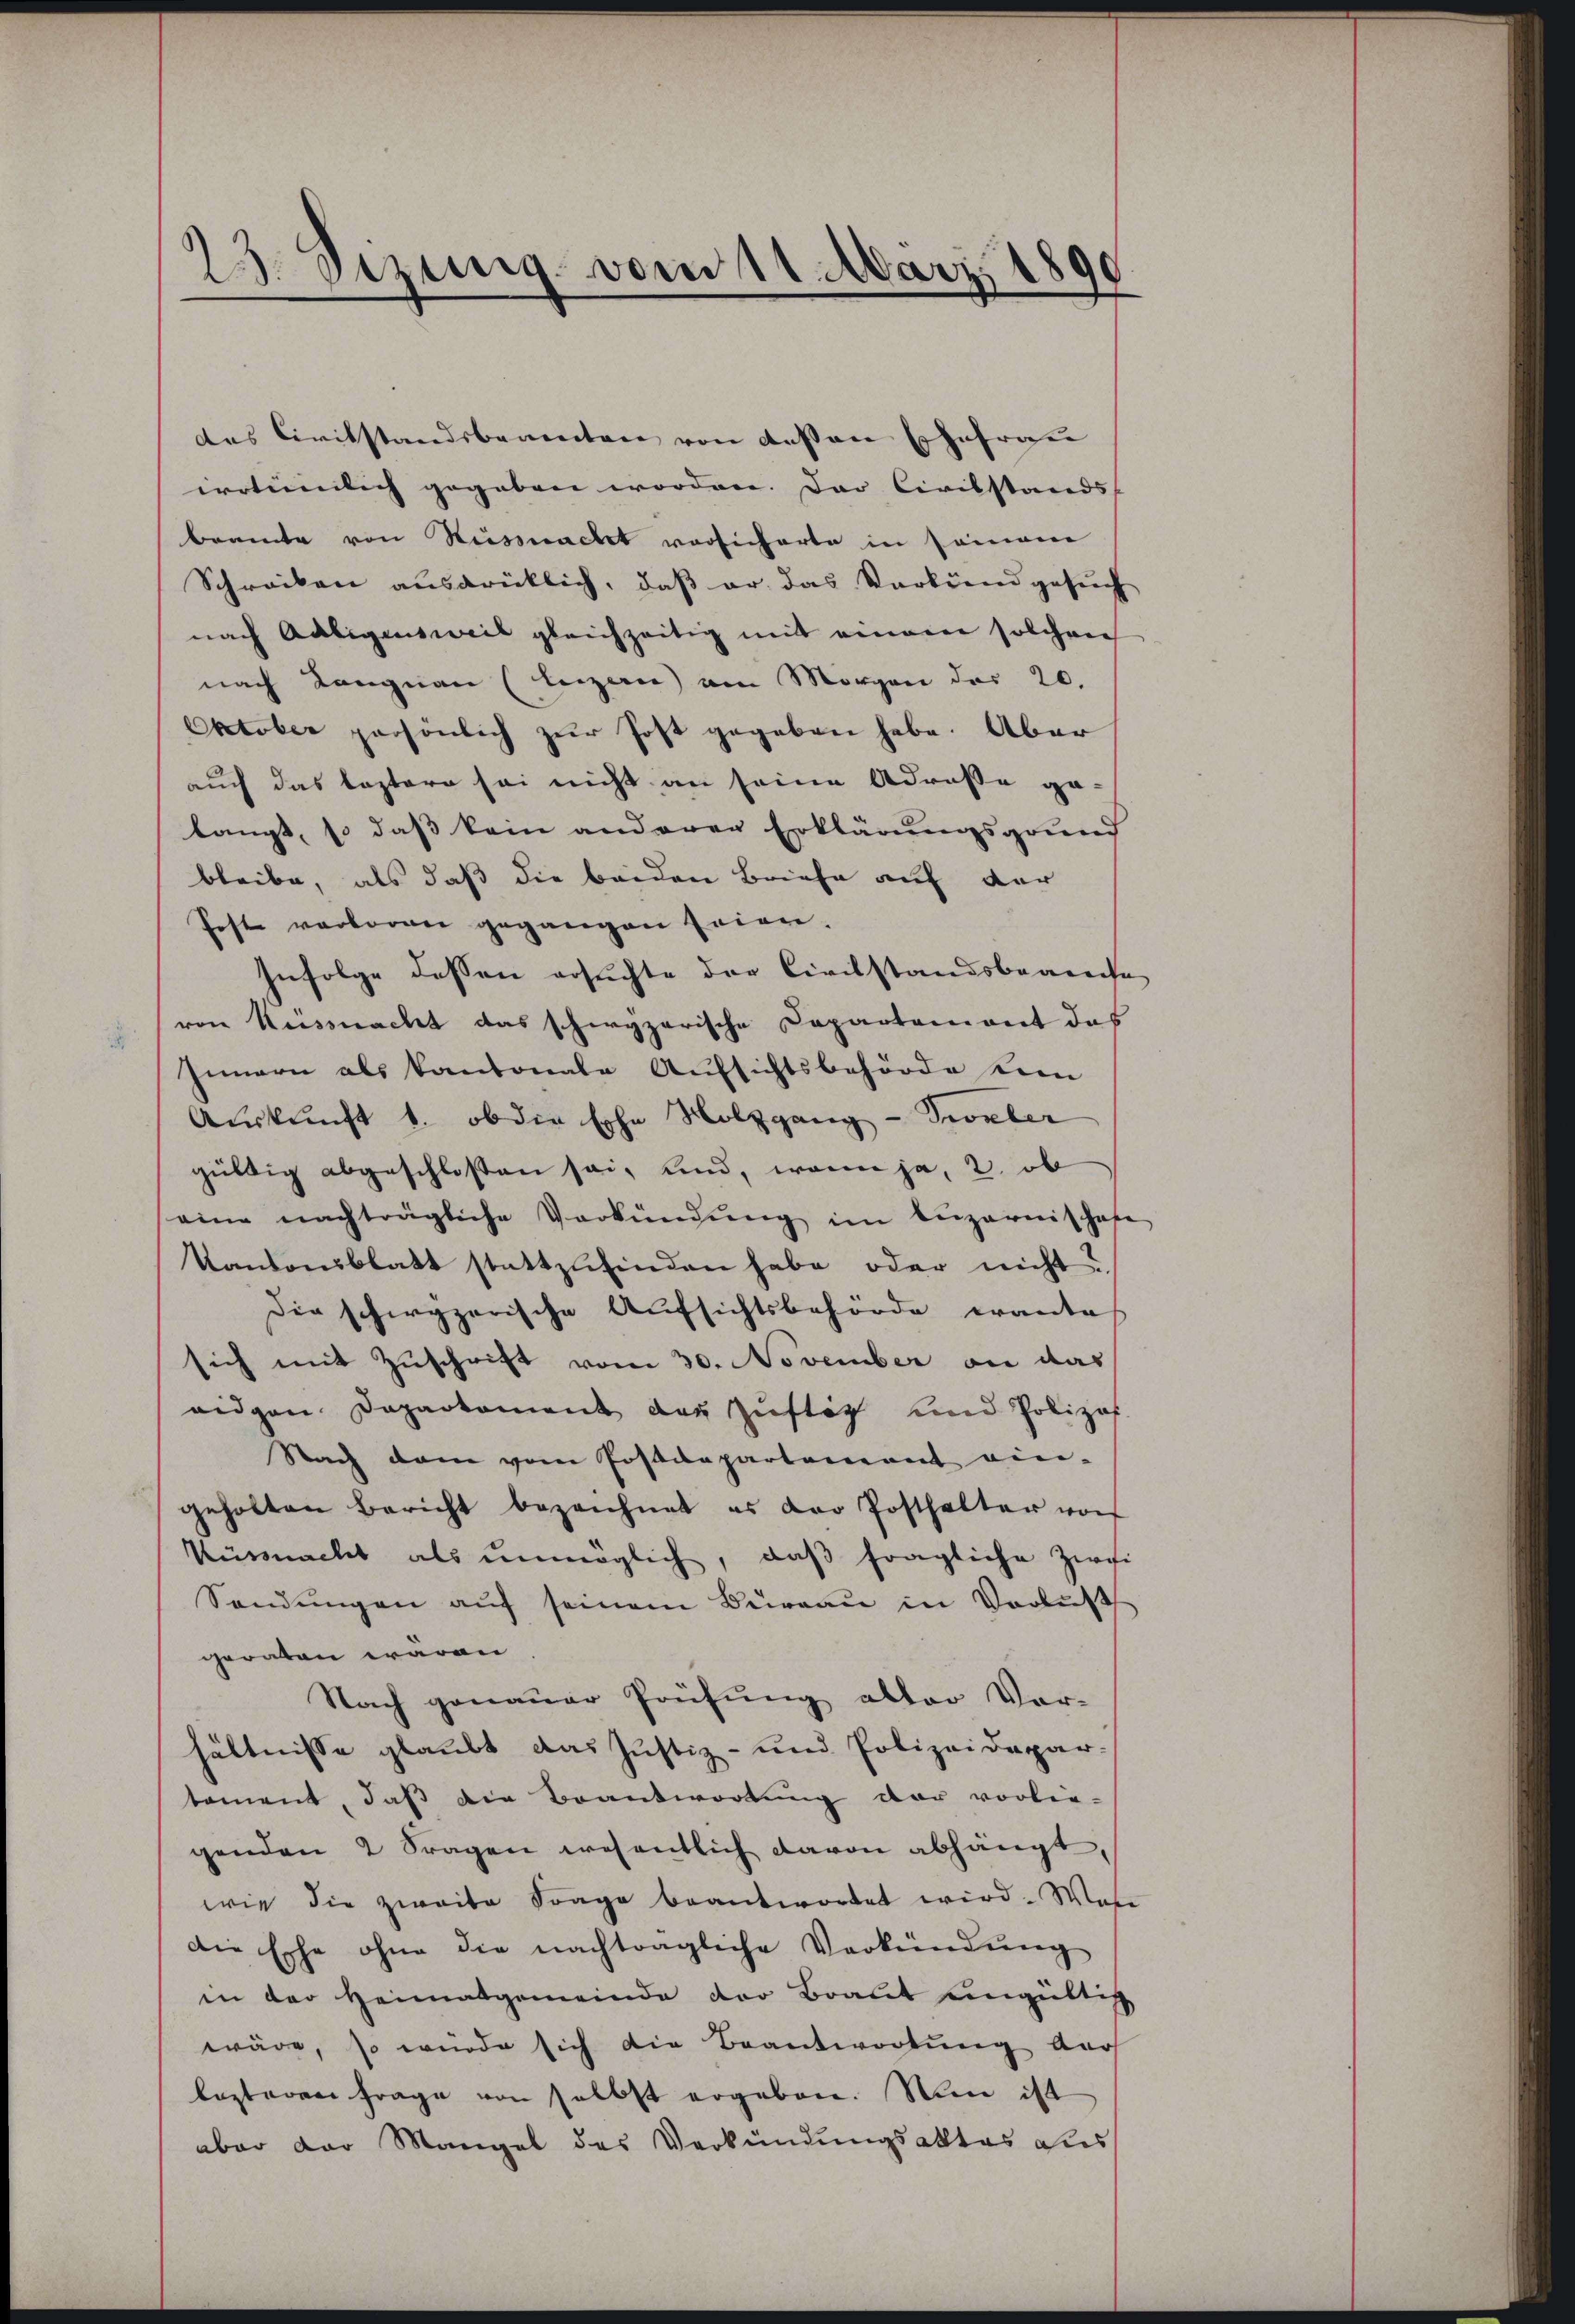
23. Sezung vom 11. März 1890

das Civilstandsbeamten von dessen Ehefrau
irrtümlich gegeben worden. Der Civilstands- |
beamte von Küssnacht vorsicherte in seinen
Schreiben ausdrücklich, daβ er das Vorkind gesŭch
nach Adligensweil gleichzeitig mit einem solcher
nach Langnau (leizern) am Morgen das 20.
Oktober persönlich zur Post gegeben habe. Aber
auch das leztere sei nicht an seine Adresse ge-
langt, so daß kein anderen Erklärungsgrund
bleibe, als daß die beiden Briefe auf der
Post verloren gegangen seien.
Infolge dessen ersuchte der Civilstandsbegreife
von Küssnacht das schwyzerische Capartement das
Innern als kantonale Aufsichtsbehörde dem
Auskunft u. ob die Ephe Holzgang - Probler
gültig abgeschloßen sei, und, wenn ja, 2. ob
eine nachträgliche Verkündŭng im Lŭzernischafe
Kantonsblatt stattzufinden habe oder nicht
die schwyzerische Aufsichtsbehörde wante
sich mit Zuschrift vom 30. November an das
eidgen. Daparkoment der Zustiz und Polizos
Nach dem vom Postdepartenant ein-
geholten Bericht bezeichnet es der Posthalter von
Nüsmacht als unmöglich, daβ fragliche Zwei
Sandŭngen aŭf seinem Büreaŭ in Verlus
geraten wären
Nach genauer Prüfung alter Vor-
hältnisse glaubt das Justiz- und Polizeidepar-
toment, daß die Beantwortung der vorlie-
genden 2 Fragen wesentlich davon abhängt,
wie die zweite Frage beantwortet wird. Was
die Ehe ohne die nachtragliche Verkündung
in der Heimatgemeinde der Braut eingültig
wäre, so würde sich die Beantwortung der
lezteren frage von selbst ergeben. Nun ist
aber der Mangel des Verkündungsaktes aus